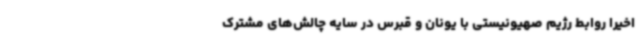
اخیرا روابط رژیم صهیونیستی با یونان و قبرس در سایه چالش‌های مشترک